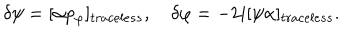
\delta \psi = [ \alpha p _ { \varphi } ] _ { t r a c e l e s s } , \quad \delta \varphi = - 2 i [ \psi \alpha ] _ { t r a c e l e s s } .